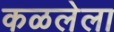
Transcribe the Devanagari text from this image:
कळलेला